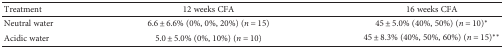
| Treatment | 12 weeks CFA | 16 weeks CFA |
 | --- | --- | --- |
 | Neutral water | 6.6 ± 6.6% (0%, 0%, 20%) (n = 15) | 45 ± 5.0% (40%, 50%) (n = 10)∗ |
 | Acidic water | 5.0 ± 5.0% (0%, 10%) (n = 10) | 45 ± 8.3% (40%, 50%, 60%) (n = 15)∗∗ |